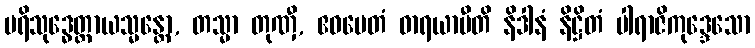
ပရိသုဒ္ဓေတ္ထာယသ္မန္တော, တသ္မာ တုဏှီ, ဧဝမေတံ ဓာရယာမီတိ နိဒါနံ နိဋ္ဌိတံ ပါရာဇိကုဒ္ဒေသော